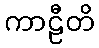
ကာဠီတိ